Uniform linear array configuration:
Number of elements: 24
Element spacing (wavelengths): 0.75
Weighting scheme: exponential
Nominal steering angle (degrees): -60
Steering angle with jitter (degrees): -60.075
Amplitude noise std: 0.05
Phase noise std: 0.05

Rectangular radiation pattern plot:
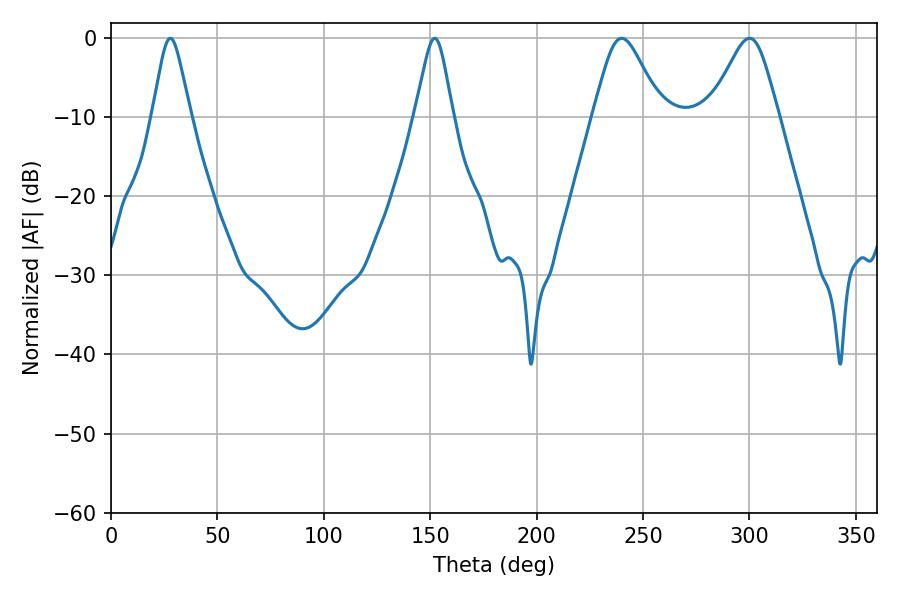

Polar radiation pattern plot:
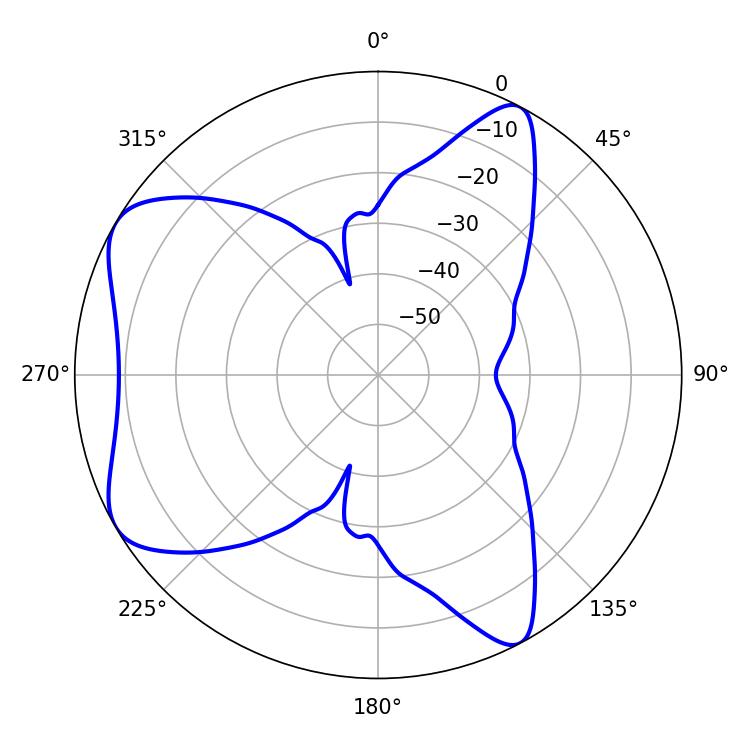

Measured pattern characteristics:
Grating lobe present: TRUE
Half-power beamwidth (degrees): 15.66
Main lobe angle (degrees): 239.94